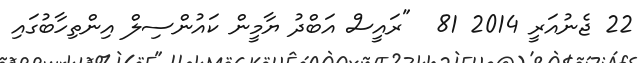
22 ޖެނުއަރީ 2014 81  "ރައީސް އަބްދު ޔާމީން ކައުންސިލް އިންތިހާބުގައި